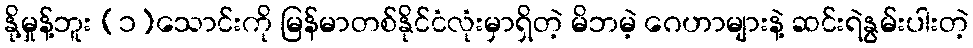
နို့မှုန့်ဘူး (၁)သောင်းကို မြန်မာတစ်နိုင်ငံလုံးမှာရှိတဲ့ မိဘမဲ့ ဂေဟာများနဲ့ ဆင်းရဲနွမ်းပါးတဲ့